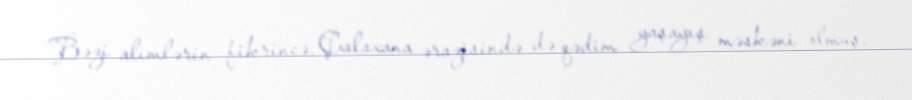
Bəzi alimlərin fikrincə, Çalaxana ərazisində də qədim yaşayış məskəni olmuş,